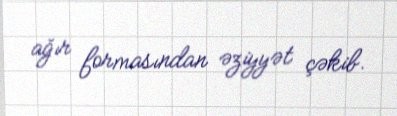
ağır formasından əziyyət çəkib.